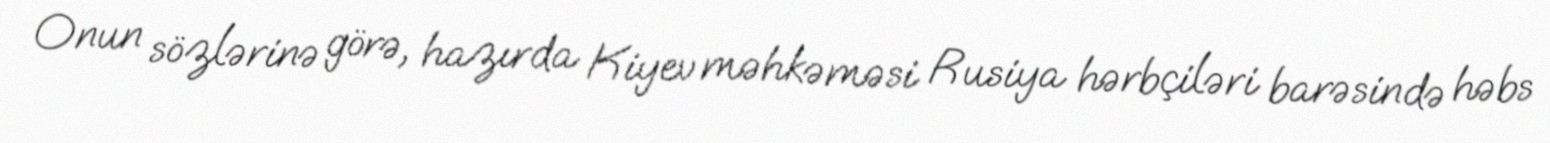
Onun sözlərinə görə, hazırda Kiyev məhkəməsi Rusiya hərbçiləri barəsində həbs